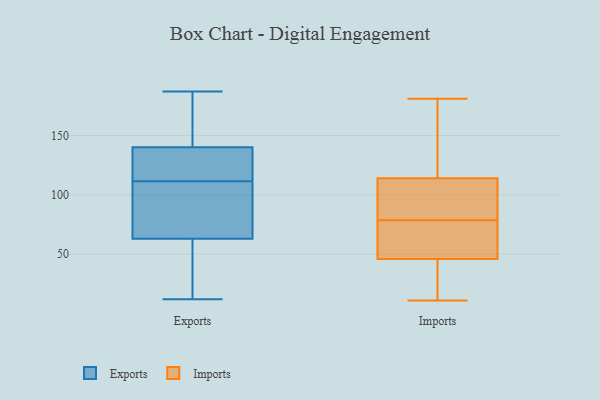
{"axis": {"x": "Website Visitors", "y": "Value"}, "legend": ["Exports", "Imports"], "data": [{"x": "", "y": 78, "type": "Exports"}, {"x": "", "y": 127, "type": "Exports"}, {"x": "", "y": 140, "type": "Exports"}, {"x": "", "y": 22, "type": "Exports"}, {"x": "", "y": 114, "type": "Exports"}, {"x": "", "y": 169, "type": "Exports"}, {"x": "", "y": 63, "type": "Exports"}, {"x": "", "y": 165, "type": "Exports"}, {"x": "", "y": 187, "type": "Exports"}, {"x": "", "y": 125, "type": "Exports"}, {"x": "", "y": 71, "type": "Exports"}, {"x": "", "y": 109, "type": "Exports"}, {"x": "", "y": 30, "type": "Exports"}, {"x": "", "y": 12, "type": "Exports"}, {"x": "", "y": 80, "type": "Imports"}, {"x": "", "y": 175, "type": "Imports"}, {"x": "", "y": 113, "type": "Imports"}, {"x": "", "y": 21, "type": "Imports"}, {"x": "", "y": 11, "type": "Imports"}, {"x": "", "y": 77, "type": "Imports"}, {"x": "", "y": 23, "type": "Imports"}, {"x": "", "y": 58, "type": "Imports"}, {"x": "", "y": 102, "type": "Imports"}, {"x": "", "y": 43, "type": "Imports"}, {"x": "", "y": 181, "type": "Imports"}, {"x": "", "y": 142, "type": "Imports"}, {"x": "", "y": 50, "type": "Imports"}, {"x": "", "y": 99, "type": "Imports"}, {"x": "", "y": 49, "type": "Imports"}, {"x": "", "y": 115, "type": "Imports"}]}